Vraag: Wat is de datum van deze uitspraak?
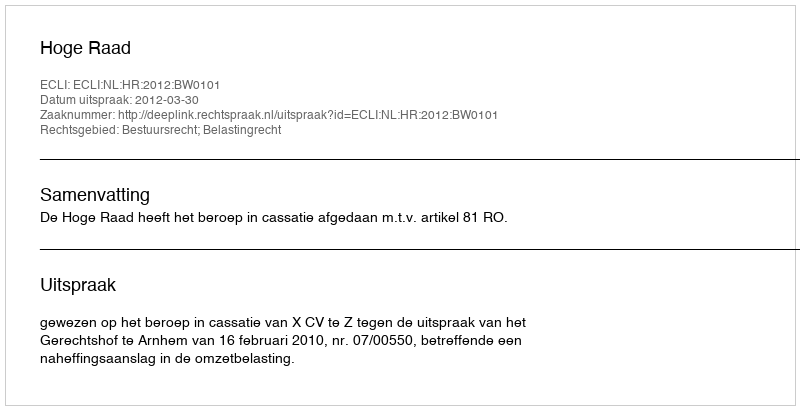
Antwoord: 2012-03-30